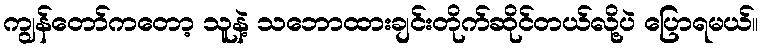
ကျွန်တော်ကတော့ သူနဲ့ သဘောထားချင်းတိုက်ဆိုင်တယ်လို့ပဲ ပြောရမယ်။